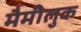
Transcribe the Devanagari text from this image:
मैमीलुक